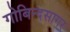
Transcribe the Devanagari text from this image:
गोबिन्‍दसागर